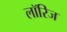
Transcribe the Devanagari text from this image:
लॉरिज